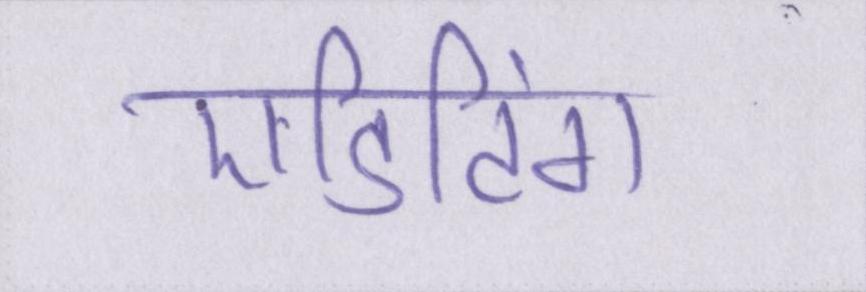
एडिटिंग